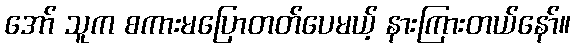
အော် သူက စကားမပြောတတ်ပေမယ့် နားကြားတယ်နော်။